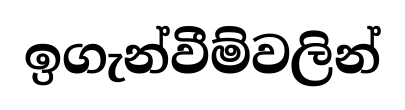
ඉගැන්වීම්වලින්